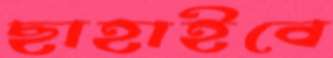
ছাহাইবে